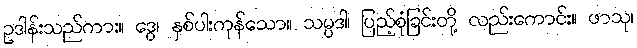
ဥဒါန်းသည်ကား။ ဒွေ၊ နှစ်ပါးကုန်သော။ သမ္ပဒါ၊ ပြည့်စုံခြင်းတို့ လည်းကောင်း။ ဖာသု၊